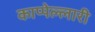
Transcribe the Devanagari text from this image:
काप्पेल्लारी